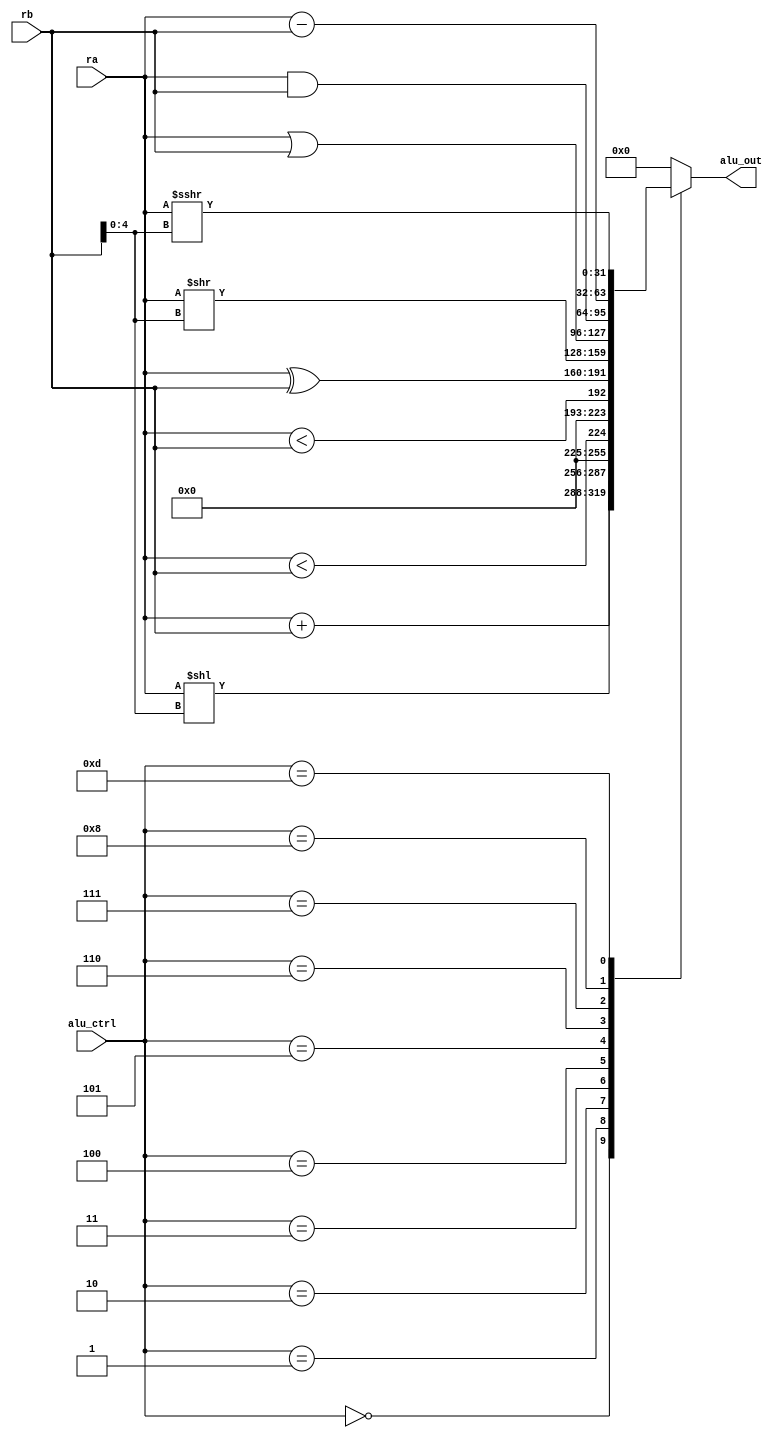
/*****************************************************************************   
                      
Filename        : alu32.v
Author          : Sai Gautham Ravipati (EE19B053)
Date            : 10th October 2021 
Description     : 32-bit Arthimetic Logic Unit 

                  Inputs - 
                  - alu_ctrl => 4-bit control to select the operation of ALU. 
                  - ra => 32-bit operand-1 of the ALU.
                  - rb => 32-bit operand-2 of the ALU. 
                  
                  Output -
                  - alu_out => 32-bit output of ALU, operation(ra,rb), default
                              value is set to 0.   
                              
                  Operations performed -
                  - OP_ indicates both OP and OPI (Immediate). 
                  - Each line has been commented with respective operation. 

*****************************************************************************/

module alu32( 
    input [3:0] alu_ctrl,  
    input [31:0] ra, 
    input [31:0] rb, 
    output reg [31:0] alu_out 
); 
    
    always @(*) begin
        case(alu_ctrl)
            4'b0000: alu_out = ra + rb;                                  // ADD_
            4'b0001: alu_out = ra << rb[4:0];                            // SLL_
            4'b0010: alu_out = $signed(ra) < $signed(rb);                // SLT_
            4'b0011: alu_out = $unsigned(ra) < $unsigned(rb);            // SLT_U
            4'b0100: alu_out = ra ^ rb;                                  // XOR_
            4'b0101: alu_out = ra >> rb[4:0];                            // SRL_
            4'b0110: alu_out = ra | rb;                                  // OR_
            4'b0111: alu_out = ra & rb;                                  // AND_ 
            4'b1000: alu_out = ra - rb;                                  // SUB
            4'b1101: alu_out = $signed(ra) >>> rb[4:0];                  // SRA_
            default: alu_out = {32{1'b0}};                               // Default being set to zero       
        endcase 
    end 
    
endmodule